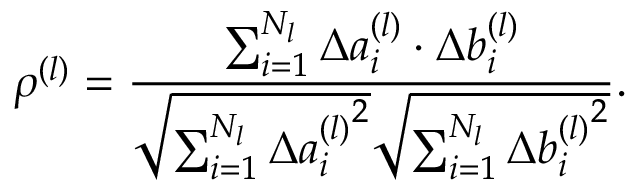
\rho ^ { ( l ) } = \frac { \sum _ { i = 1 } ^ { N _ { l } } \Delta a _ { i } ^ { ( l ) } \cdot \Delta b _ { i } ^ { ( l ) } } { \sqrt { \sum _ { i = 1 } ^ { N _ { l } } \Delta { a _ { i } ^ { ( l ) } } ^ { 2 } } \sqrt { \sum _ { i = 1 } ^ { N _ { l } } \Delta { b _ { i } ^ { ( l ) } } ^ { 2 } } } .